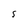
Character: s